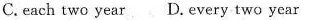
C.each two year D.every two year